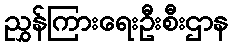
ညွှန်ကြားရေးဦးစီးဌာန